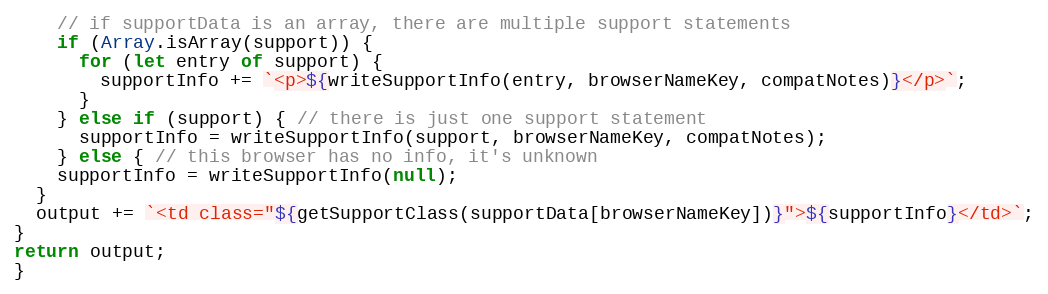
Language: JavaScript
    // if supportData is an array, there are multiple support statements
    if (Array.isArray(support)) {
      for (let entry of support) {
        supportInfo += `<p>${writeSupportInfo(entry, browserNameKey, compatNotes)}</p>`;
      }
    } else if (support) { // there is just one support statement
      supportInfo = writeSupportInfo(support, browserNameKey, compatNotes);
    } else { // this browser has no info, it's unknown
    supportInfo = writeSupportInfo(null);
  }
  output += `<td class="${getSupportClass(supportData[browserNameKey])}">${supportInfo}</td>`;
}
return output;
}